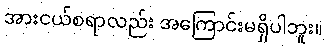
အားငယ်စရာလည်း အကြောင်းမရှိပါဘူး။